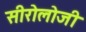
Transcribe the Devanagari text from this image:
सीरोलोजी